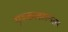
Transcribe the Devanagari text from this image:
गृहकलहानंतर